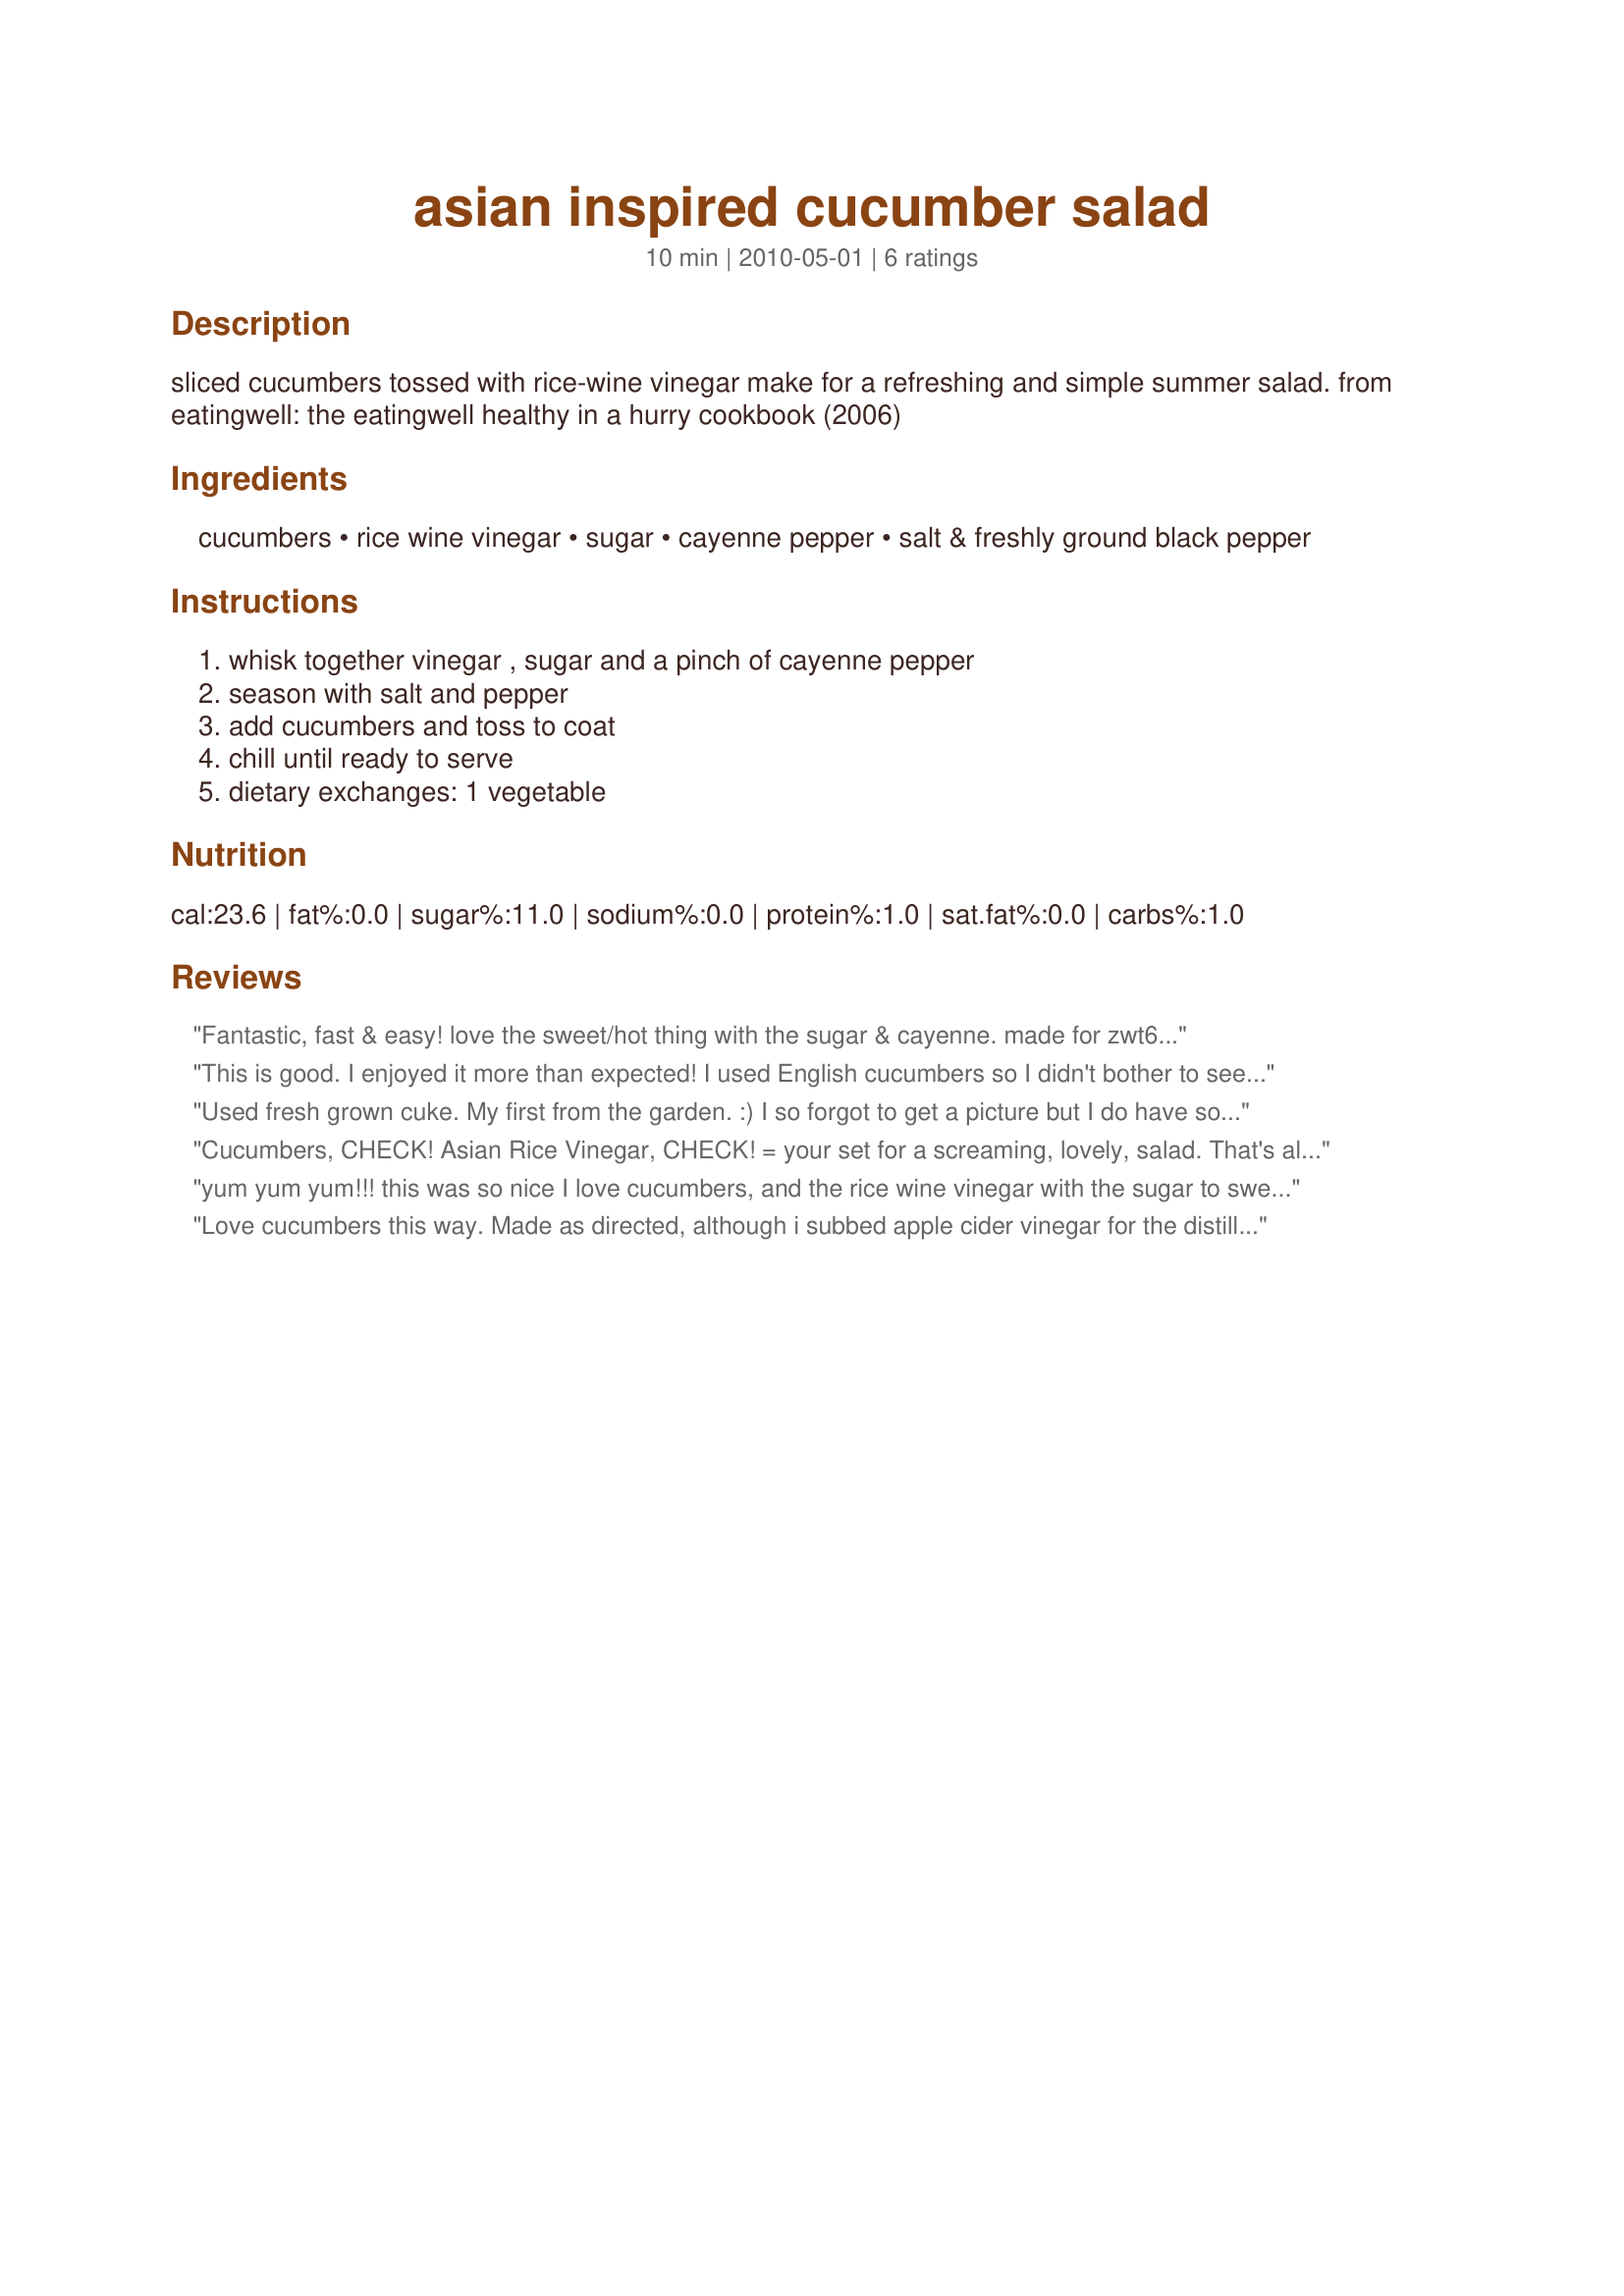
asian inspired cucumber salad
Preparation time: 10 minutes

sliced cucumbers tossed with rice-wine vinegar make for a refreshing and simple summer salad.

from eatingwell: the eatingwell healthy in a hurry cookbook (2006)

Ingredients:
cucumbers, rice wine vinegar, sugar, cayenne pepper, salt & freshly ground black pepper

Steps:
whisk together vinegar , sugar and a pinch of cayenne pepper, season with salt and pepper, add cucumbers and toss to coat, chill until ready to serve, dietary exchanges: 1 vegetable

Reviews:
Fantastic, fast & easy! love the sweet/hot thing with the sugar & cayenne. made for zwt6 asia!
This is good. I enjoyed it more than expected! I used English cucumbers so I didn't bother to seed them. I used regular white vinegar because of religious reasons and honey rather than the sugar to be more healthy! For the salt I used sea salt. I may make this again the same way!! Thanks, FloridaNative. Made for ZWT6, Asian region, for my team, The Ya Ya Cookerhood.
Used fresh grown cuke. My first from the garden. :) I so forgot to get a picture but I do have some leftover. It`ll be uploaded tomorrow unless I get the munchies. :) Thanks. Made for ZWT6
Cucumbers, CHECK! Asian Rice Vinegar, CHECK! = your set for a screaming, lovely, salad. That's all you'll need in the world. Oh, yes...grab a fork. Better yet, use your fingers.
yum yum yum!!! this was so nice I love cucumbers, and the rice wine vinegar with the sugar to sweeten was lovely and fresh. I didn't use any salt, or black pepper, but I used a bit more cayenne, as we like it hot. I only made half the amount as it was for two. I liked this a lot and will make it often to go with salads or Asian recipes. Thank you for posting. Made for ZWT#6 2010
Love cucumbers this way. Made as directed, although i subbed apple cider vinegar for the distilled, and stevia for the sugar. Love it. Thank you for posating! Made for ZWT6 - Asia.
